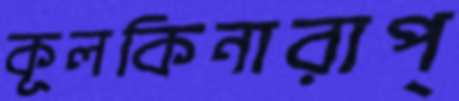
কূলকিনারাপ্